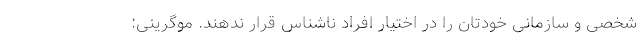
شخصی و سازمانی خودتان را در اختیار افراد ناشناس قرار ندهند. موگرینی: